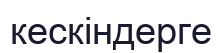
кескіндерге